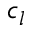
c _ { l }